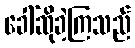
ခေါ်ဆိုခဲ့ကြသည်